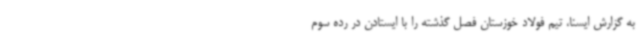
به گزارش ایسنا، تیم فولاد خوزستان فصل گذشته را با ایستادن در رده سوم